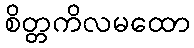
စိတ္တကိလမထော